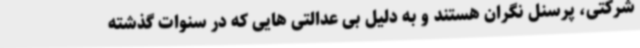
شرکتی، پرسنل نگران هستند و به دلیل بی عدالتی هایی که در سنوات گذشته